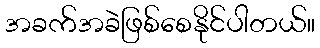
အခက်အခဲဖြစ်စေနိုင်ပါတယ်။